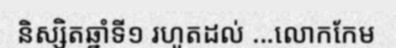
និស្សិតឆ្នាំទី១ រហូតដល់ ...លោកកែម